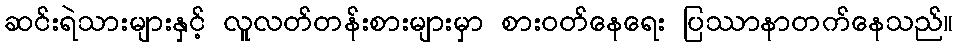
ဆင်းရဲသားများနှင့် လူလတ်တန်းစားများမှာ စားဝတ်နေရေး ပြဿာနာတက်နေသည်။